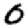
Digit: 0